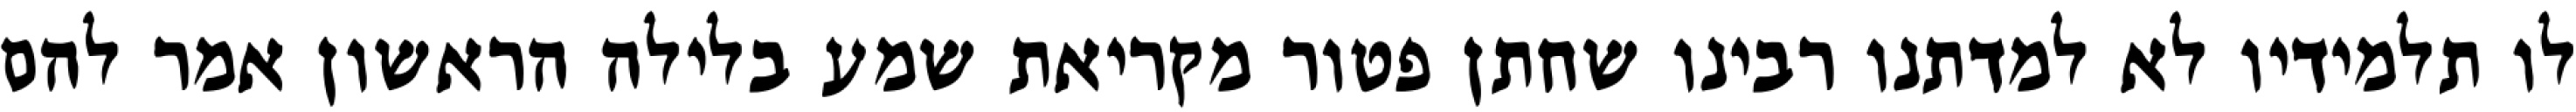
לו תלמידיו לא למדתנו רבינו שחתן פטור מקריאת שמע בלילה הראשון אמר להם